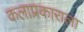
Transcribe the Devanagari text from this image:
कलाप्रकाराला